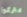
يتركوا